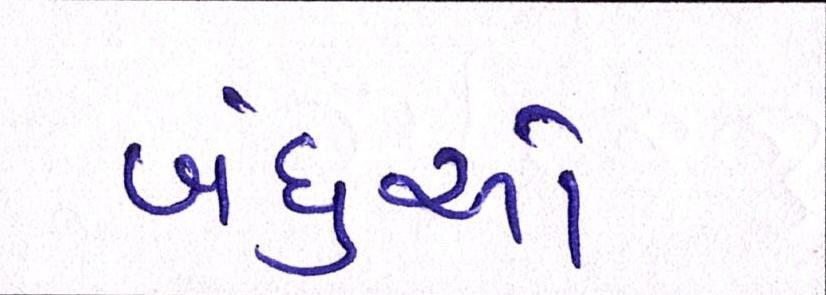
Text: બંધુઓ